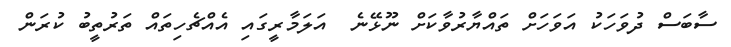
ސާބަސް ދުވަހަކު އަވަހަށް ތައްޔާރުވާކަށް ނޫޅޭނެ  އަލަމާރީގައި އެއްޗެހިތައް ތަރުތީބު ކުރަން